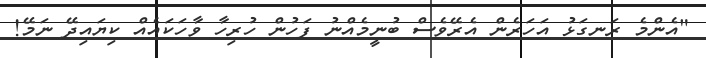
"އެންމެ ރަނގަޅު އަހަރެން އެރޭވެސް ބުނީމެއްނު ފަހުން ހުރިހާ ވާހަކައެއް ކިޔައިދޭ ނަމޭ!